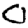
Digit: 0